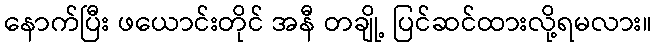
နောက်ပြီး ဖယောင်းတိုင် အနီ တချို့ ပြင်ဆင်ထားလို့ရမလား။